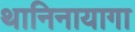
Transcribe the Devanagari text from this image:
थानिनायागा